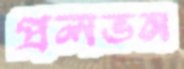
প্রলভন